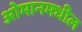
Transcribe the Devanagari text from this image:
ओमानमधील